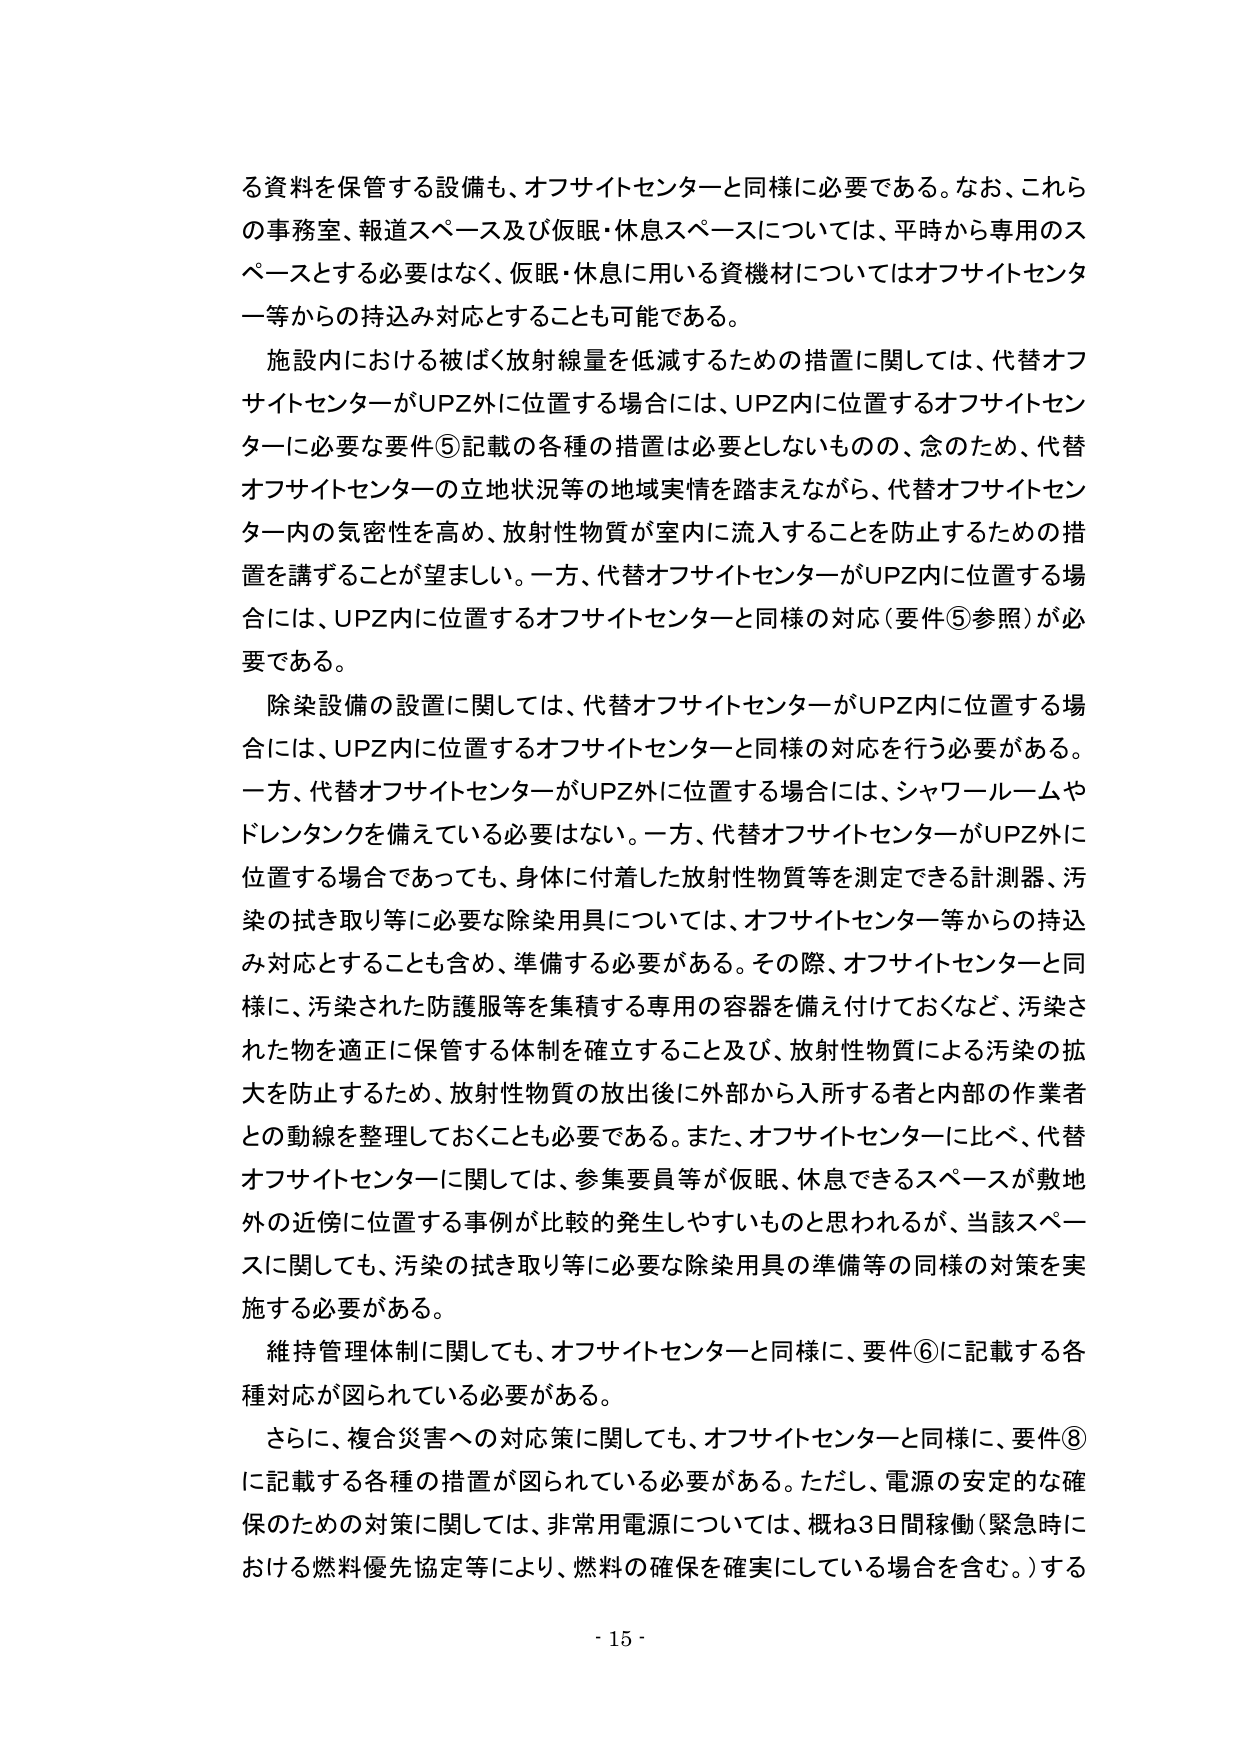
る資料を保管する設備も、オフサイトセンターと同様に必要である。なお、これら
の事務室、報道スペース及び仮眠・休息スペースについては、平時から専用のス
ペースとする必要はなく、仮眠・休息に用いる資機材についてはオフサイトセンタ
ー等からの持込み対応することも可能である。
施設内における被ばく放射線量を低減するための措置に関しては、代替オフ
サイトセンターがUPZ外に位置する場合には、UPZ内に位置するオフサイトセン
ターに必要な要件⑤記載の各種の措置は必要としないものの、念のため、代替
オフサイトセンターの立地状況等の地域実情を踏まえながら、代替オフサイトセン
ター内の気密性を高め、放射性物質が室内に流入することを防止するための措
置を講ずることが望ましい。一方、代替オフサイトセンターがUPZ内に位置する場
合には、UPZ内に位置するオフサイトセンターと同様の対応（要件⑤参照）が必
要である。
除染設備の設置に関しては、代替オフサイトセンターがUPZ内に位置する場
合には、UPZ内に位置するオフサイトセンターと同様の対応を行う必要がある。
一方、代替オフサイトセンターがUPZ外に位置する場合には、シャワールームや
ドレンタンクを備えている必要はない。一方、代替オフサイトセンターがUPZ外に
位置する場合であっても、身体に付着した放射性物質等を測定できる計測器、汚
染の拭き取り等に必要な除染用具については、オフサイトセンター等からの持込
み対応することも含め、準備する必要がある。その際、オフサイトセンターと同
様に、汚染された防護服等を集積する専用の容器を備え付けておくなど、汚染さ
れた物を適正に保管する体制を確立すること及び、放射性物質による汚染の拡
大を防止するため、放射性物質の放出後に外部から入所する者と内部の作業者
との動線を整理しておくことも必要である。また、オフサイトセンターに比べ、代替
オフサイトセンターに関しては、参集要員等が仮眠、休息できるスペースが敷地
外の近傍に位置する事例が比較的発生しやすいものと思われるが、当該スペー
スに関しても、汚染の拭き取り等に必要な除染用具の準備等の同様の対策を実
施する必要がある。
維持管理体制に関しても、オフサイトセンターと同様に、要件⑥に記載する各
種対応が図られている必要がある。
さらに、複合災害への対応策に関しても、オフサイトセンターと同様に、要件⑧
に記載する各種の措置が図られている必要がある。ただし、電源の安定的な確
保のための対策に関しては、非常用電源については、概ね3日間稼働（緊急時に
おける燃料優先協定等により、燃料の確保を確実にしている場合を含む。）する
- 15 -